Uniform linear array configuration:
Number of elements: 4
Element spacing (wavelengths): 0.75
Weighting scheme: cosine
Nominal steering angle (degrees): -60
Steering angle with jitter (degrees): -60.772
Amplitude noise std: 0.05
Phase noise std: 0.05

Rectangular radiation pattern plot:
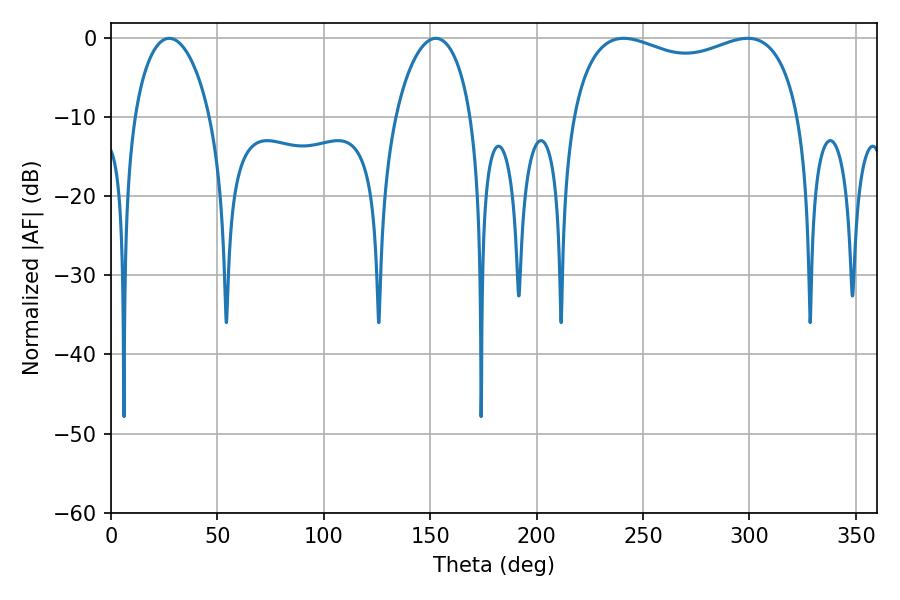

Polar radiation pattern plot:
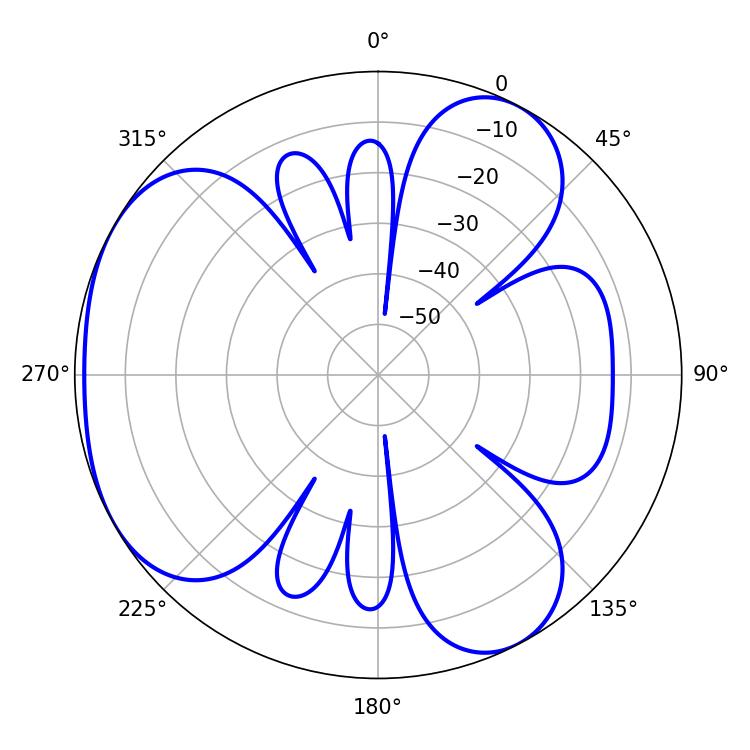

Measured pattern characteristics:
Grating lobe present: TRUE
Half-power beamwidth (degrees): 20.34
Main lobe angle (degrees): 27.36